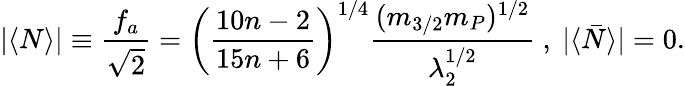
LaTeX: \vert\langle N\rangle\vert\equiv\frac{f_{a}}{\sqrt{2}}=\left(\frac{10n-2}{15n+6}\right)^{1/4}\frac{(m_{3/2}m_{P})^{1/2}}{\lambda_{2}^{1/2}}~,~\vert\langle\bar{N}\rangle\vert=0.